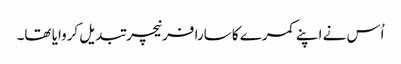
اُس نے اپنے کمرے کا سارا فرنیچر تبدیل کروایا تھا۔